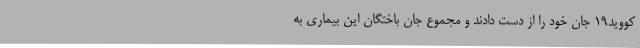
کووید19 جان خود را از دست دادند و مجموع جان باختگان این بیماری به